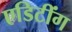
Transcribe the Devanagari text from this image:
एडिटींग